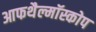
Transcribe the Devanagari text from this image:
आफथैल्मॉस्कोप